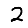
Digit: 2